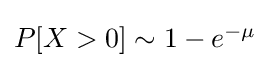
{\textstyle P[X>0]\sim 1-e^{-\mu }}